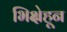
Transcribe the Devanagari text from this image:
भिक्षेहून